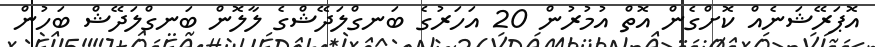
އޮޕަރޭޝަނެއް ކޮށްގެން އޮތް އުމުރުން 20 އަހަރުގެ ބަނގްލަދޭޝްގެ ލާލޮން ބަނގްލަދޭޝް ބަހުން